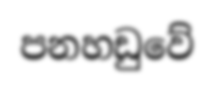
පනහඩුවේ